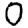
Digit: 0